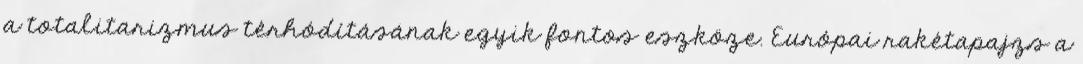
a totalitarizmus térhódításának egyik fontos eszköze. Európai rakétapajzs a